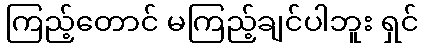
ကြည့်တောင် မကြည့်ချင်ပါဘူး ရှင်